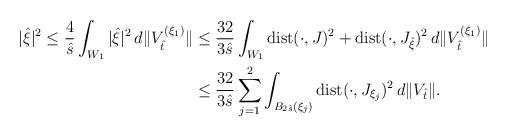
LaTeX: \begin{align*}|{\hat \xi}|^2 \leq \frac{4}{\hat s}\int_{W_1}|{\hat\xi}|^2\, d\|V_{\hat t}^{(\xi_1)}\|&\leq \frac{32}{3\hat s}\int_{W_1}{\rm dist}(\cdot,J)^2+{\rm dist}(\cdot,J_{\hat\xi})^2\,d\|V_{\hat t}^{(\xi_1)}\| \\&\leq \frac{32}{3\hat s}\sum_{j=1}^2\int_{B_{2\hat s}(\xi_j)}{\rm dist}(\cdot, J_{\xi_j})^2\, d\|V_{\hat t}\|.\end{align*}